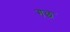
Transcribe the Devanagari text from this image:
गछ